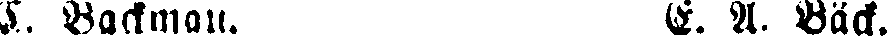
C. Backman. E. A. Bäck.